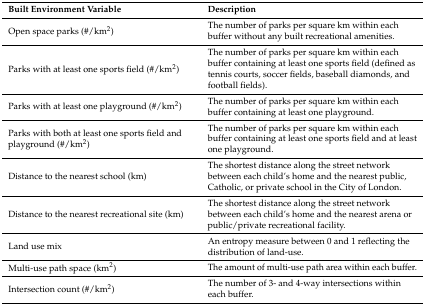
<table><thead><tr><td><b>Built Environment Variable</b></td><td><b>Description </b></td></tr></thead><tbody><tr><td>Open space parks (#/km<sup>2</sup>)</td><td>The number of parks per square km within each buffer without any built recreational amenities.</td></tr><tr><td>Parks with at least one sports field (#/km<sup>2</sup>)</td><td>The number of parks per square km within each buffer containing at least one sports field (defined as tennis courts, soccer fields, baseball diamonds, and football fields).</td></tr><tr><td>Parks with at least one playground (#/km<sup>2</sup>)</td><td>The number of parks per square km within each buffer containing at least one playground.</td></tr><tr><td>Parks with both at least one sports field and playground (#/km<sup>2</sup>)</td><td>The number of parks per square km within each buffer containing at least one sports field and at least one playground.</td></tr><tr><td>Distance to the nearest school (km)</td><td>The shortest distance along the street network between each child’s home and the nearest public, Catholic, or private school in the City of London.</td></tr><tr><td>Distance to the nearest recreational site (km)</td><td>The shortest distance along the street network between each child’s home and the nearest arena or public/private recreational facility.</td></tr><tr><td>Land use mix</td><td>An entropy measure between 0 and 1 reflecting the distribution of land-use.</td></tr><tr><td>Multi-use path space (km<sup>2</sup>)</td><td>The amount of multi-use path area within each buffer.</td></tr><tr><td>Intersection count (#/km<sup>2</sup>)</td><td>The number of 3- and 4-way intersections within each buffer.</td></tr></tbody></table>